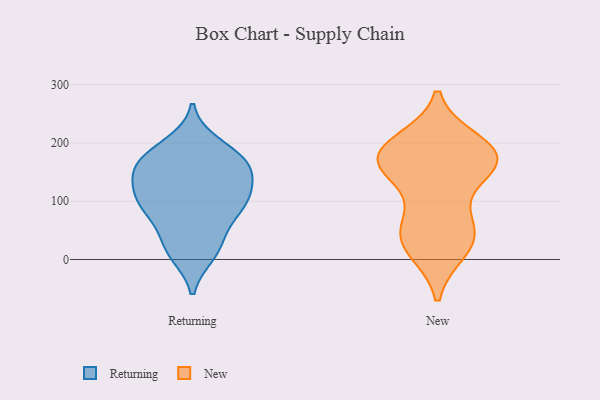
{"axis": {"x": "Page Views", "y": "Value"}, "legend": ["New", "Returning"], "data": [{"x": "", "y": 20, "type": "Returning"}, {"x": "", "y": 150, "type": "Returning"}, {"x": "", "y": 100, "type": "Returning"}, {"x": "", "y": 11, "type": "Returning"}, {"x": "", "y": 63, "type": "Returning"}, {"x": "", "y": 102, "type": "Returning"}, {"x": "", "y": 118, "type": "Returning"}, {"x": "", "y": 157, "type": "Returning"}, {"x": "", "y": 89, "type": "Returning"}, {"x": "", "y": 163, "type": "Returning"}, {"x": "", "y": 160, "type": "Returning"}, {"x": "", "y": 197, "type": "Returning"}, {"x": "", "y": 21, "type": "Returning"}, {"x": "", "y": 168, "type": "Returning"}, {"x": "", "y": 88, "type": "Returning"}, {"x": "", "y": 183, "type": "Returning"}, {"x": "", "y": 116, "type": "Returning"}, {"x": "", "y": 183, "type": "New"}, {"x": "", "y": 24, "type": "New"}, {"x": "", "y": 200, "type": "New"}, {"x": "", "y": 185, "type": "New"}, {"x": "", "y": 18, "type": "New"}, {"x": "", "y": 171, "type": "New"}, {"x": "", "y": 149, "type": "New"}, {"x": "", "y": 169, "type": "New"}, {"x": "", "y": 159, "type": "New"}, {"x": "", "y": 67, "type": "New"}, {"x": "", "y": 50, "type": "New"}, {"x": "", "y": 176, "type": "New"}, {"x": "", "y": 44, "type": "New"}]}